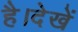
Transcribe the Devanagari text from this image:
है।देखें